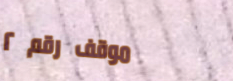
موقف رقم ٢